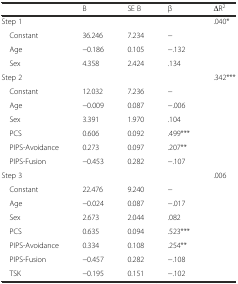
|  | B | SE B | β | ΔR2 |
 | --- | --- | --- | --- | --- |
 | Step 1 |  |  |  | .040* |
 | Constant | 36.246 | 7.234 | − |  |
 | Age | −0.186 | 0.105 | −.132 |  |
 | Sex | 4.358 | 2.424 | .134 |  |
 | Step 2 |  |  |  | .342*** |
 | Constant | 12.032 | 7.236 | − |  |
 | Age | −0.009 | 0.087 | −.006 |  |
 | Sex | 3.391 | 1.970 | .104 |  |
 | PCS | 0.606 | 0.092 | .499*** |  |
 | PIPS-Avoidance | 0.273 | 0.097 | .207** |  |
 | PIPS-Fusion | −0.453 | 0.282 | −.107 |  |
 | Step 3 |  |  |  | .006 |
 | Constant | 22.476 | 9.240 | − |  |
 | Age | −0.024 | 0.087 | −.017 |  |
 | Sex | 2.673 | 2.044 | .082 |  |
 | PCS | 0.635 | 0.094 | .523*** |  |
 | PIPS-Avoidance | 0.334 | 0.108 | .254** |  |
 | PIPS-Fusion | −0.457 | 0.282 | −.108 |  |
 | TSK | −0.195 | 0.151 | −.102 |  |